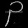
Digit: ၃